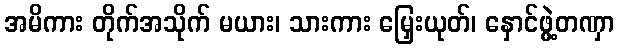
အမိကား တိုက်အသိုက် မယား၊ သားကား မြှေးယုတ်၊ နှောင်ဖွဲ့တဏှာ